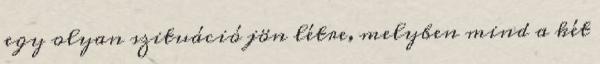
egy olyan szituáció jön létre, melyben mind a két